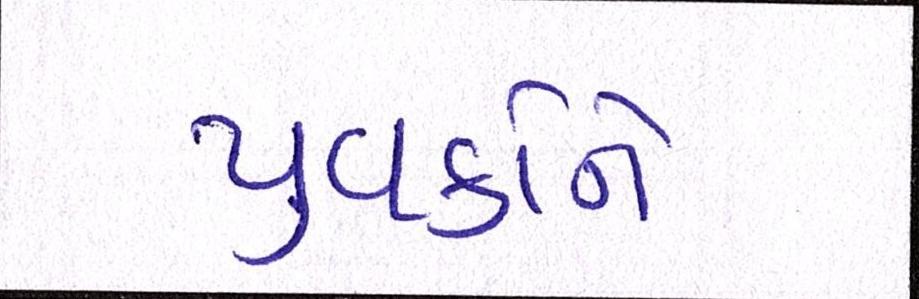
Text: યુવકોને